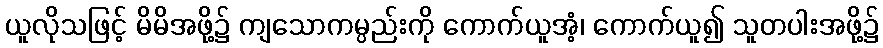
ယူလိုသဖြင့် မိမိအဖို့၌ ကျသောကမ္ပည်းကို ကောက်ယူအံ့၊ ကောက်ယူ၍ သူတပါးအဖို့၌